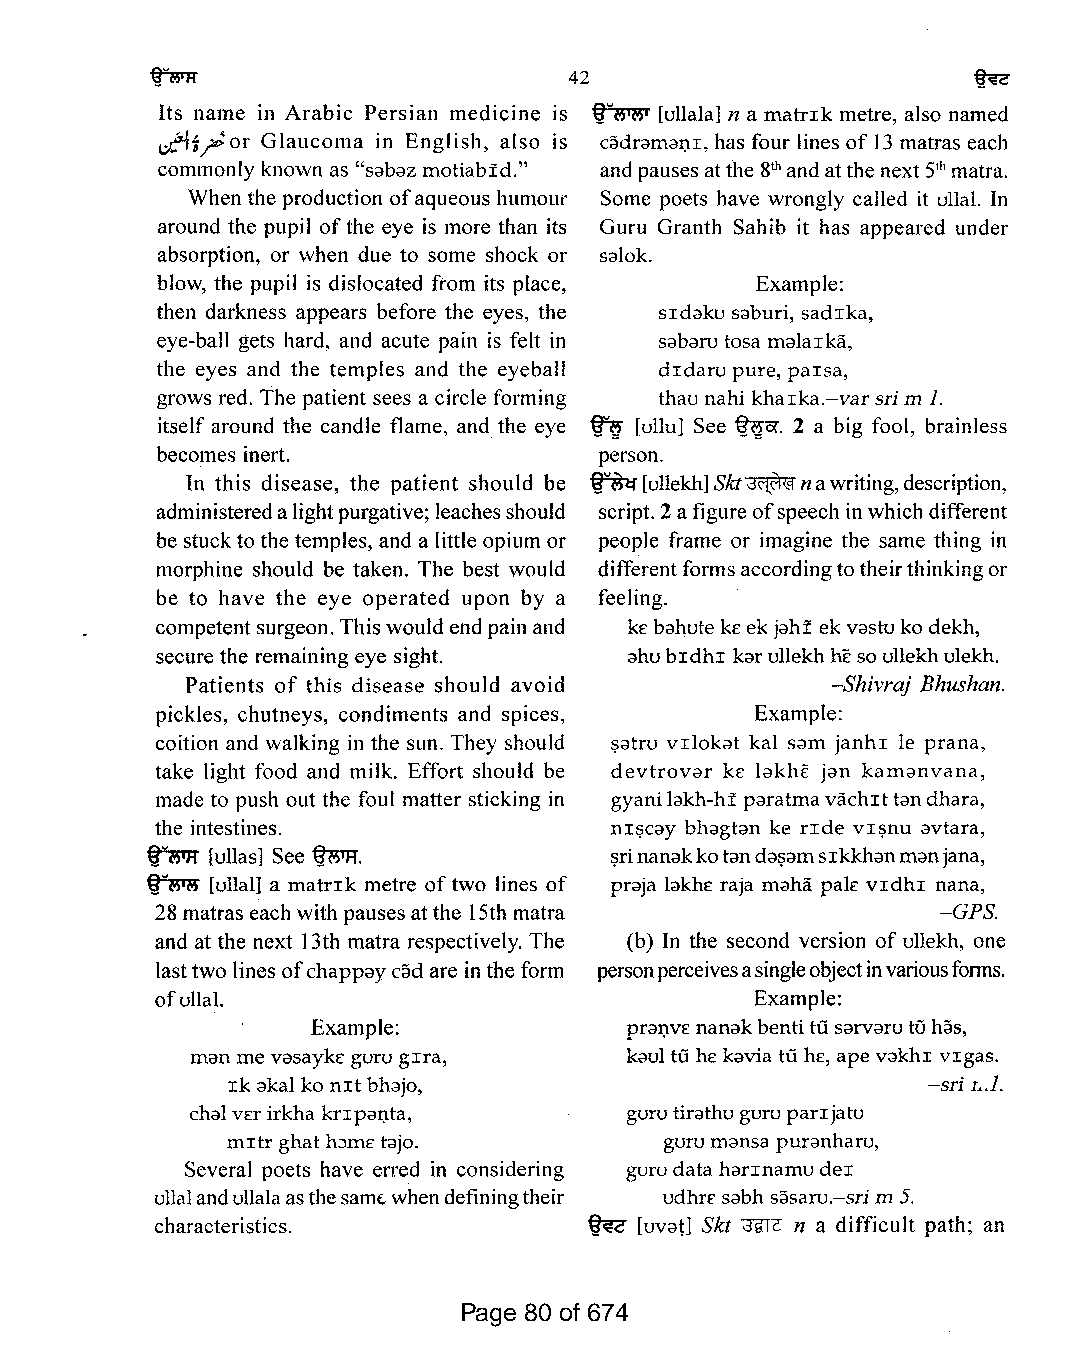
42
 Its name in Arabic Persian medicine IS ~ [ullala] n a matrIk metre, also named
 dh~or  Glaucoma in English, also is cadramal).I, has four lines of 13 matras each
 commonly known as "sabaz motiabfd." and pausesatthe 8thandatthe next5th matra.
 When the production ofaqueous humoUf Some poets have wrongly called it u11a1. In
 around the pupil ofthe eye is more than its Guru Granth Sahib it has appeared under
 absorption, or when due to some shock or salok.
 blow, the pupil is dislocated from its place, Example:
 then darkness appears before the eyes, the sIdaku saburi, sadIka,
 eye-ball gets hard, and acute pain is felt in sabaru tosa malaIka,
 the eyes and the temples and the eyeball dIdaru pure, paIsa,
 grows red. The patient sees a circle forming thau nahi khaIka.-varsri m 1.
 itself around the candle flame, and the eye (r~ [ullu] See ~Cf. 2 a big fool, brainless
 becomes inert.                person.
 In this disease, the patient should be ~[ullekh]Skt~nawriting,description,
 administeredalightpurgative; leachesshould script. 2afigure ofspeech inwhich different
 be stuckto the temples, and a little opium or people frame or imagine the same thing in
 morphine should be taken. The best would differentforms accordingtotheirthinkingor
 be to have the eye operated upon by a feeling.
 competentsurgeon.Thiswouldend painand ke bal1ute kE ek jahf ekvastu ko dekh,
 secure the remaining eye sight. ahubIdhI karullekhheso ullekhulekh.
 Patients of this disease should avoid      -Shivraj Bhushan.
 pickles, chutneys, condiments and spices, Example:
 coition and walking in the sun. They should $atru vIlokat kal sam janhI Ie prana,
 take light food and milk. Effort should be devtrovar k£ lakhr jan kamanvana,
 made to push out the foul matter sticking in gyaniIakh-hf paratmavachIttandhara,
 the intestines.               nI$Cay bhagtan ke rIde VI$nU avtara,
 ~   [uIlas] See ~.            $rinanakkotanda$amsrkkhanmanjana,
 ~   [ulla1] a matrIk metre oftwo lines of praja Iakhe raja maha pale vrdhr nana,
 28 matras each with pausesatthe 15th matra          -GPs.
 and at the next 13th matra respectively. The (b) In the second version of u11ekh, one
 lasttwo linesofchappaycad are in theform personperceivesasingleobjectinvariousforms.
 ofulla1.                                Example:
 Example:            pral).venanakbentiillsarvarutohas,
 man me vasayke guru gIra,   kaul ill h£ kavia ill hE, ape vakhI vIgas.
 Ik akal ko nIt bh3jO,                         -sri r•.1.
 chalverirkha krIpal).ta,    guru tirathuguru parIjatu
 mItrghat h:>m£ tdjO.         guru mansa puranharu,
 Several poets have erred in considering gurudata harInamudeI
 u11alandullalaasthesamt.-whendefiningtheir udhr£ sabh sasaru.-srim 5.
 characteristics.             ~  [uvat] Skt ~Z" n a difficult path; an
 Page 80 of 674